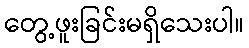
တွေ့ဖူးခြင်းမရှိသေးပါ။